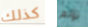
كذلك تؤلم